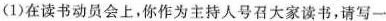
(1)在读书动员会上，你作为主持人号召大家读书，请写-